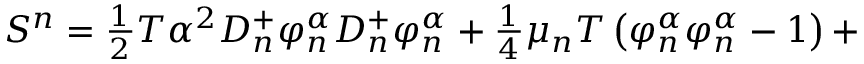
S ^ { n } = \frac { _ 1 } { ^ 2 } T \alpha ^ { 2 } D _ { n } ^ { + } \varphi _ { n } ^ { \alpha } D _ { n } ^ { + } \varphi _ { n } ^ { \alpha } + \frac { _ 1 } { ^ 4 } \mu _ { n } T \left( \varphi _ { n } ^ { \alpha } \varphi _ { n } ^ { \alpha } - 1 \right) +